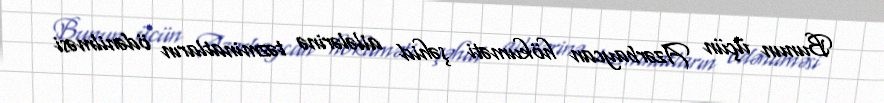
Bunun üçün Azərbaycan hökuməti şəhid ailələrinə təzminatların ödənilməsi